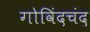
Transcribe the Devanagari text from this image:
गोविंदचंद